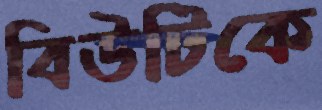
বিউটিকে